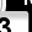
Digit: 3